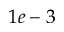
1 e - 3